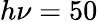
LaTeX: h\nu=50